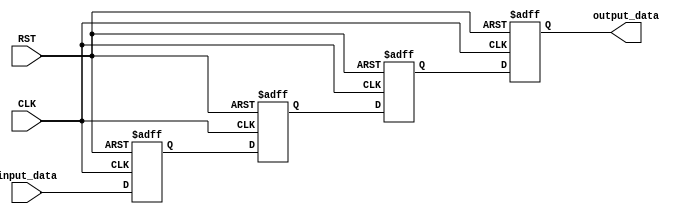
/***********************************************
Module Name:   DFF_link_4_concatenation
Feature:       4 DFF Link with register array concatenation
Coder:         Garfield
Organization:  XXXX Group, Department of Architecture
------------------------------------------------------
Input ports:   CLK, 1 bit, clock
               RST, 1 bit, reset
               input_data, 1 bit, input data 
Output Ports:  output_data, 1 bit, delayed input data
------------------------------------------------------
History:
12-28-2015: First Version by Garfield
12-28-2015: First verified by DFF_Link_4_Combination_test
***********************************************/

module DFF_link_4_concatenation
  ( 
    input CLK, input RST,
    input input_data,
 	  output output_data 
  );
  
//Load other module(s)

//Definition for Variables in the module
reg dff[3:0];

//Logical
assign output_data = dff[3];

always @(posedge CLK, negedge RST)
begin
    if (!RST)
    //Reset
    begin
       {dff[0], dff[1], dff[2],dff[3]} <= 4'b0000;
    end
    else 
    begin
    	{dff[0], dff[1], dff[2],dff[3]} <= {input_data, dff[0], dff[1], dff[2]};
    end
end

endmodule